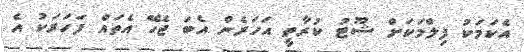
އެކަމަކު ފިލްމަކަށް ޝޫޓު ކުރާތީ އަހަރެން އެބަ ޖެހޭ އެތައް ފަހަރަކު އެ